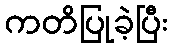
ကတိပြုခဲ့ပြီး